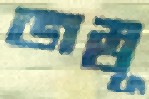
জম্বূ